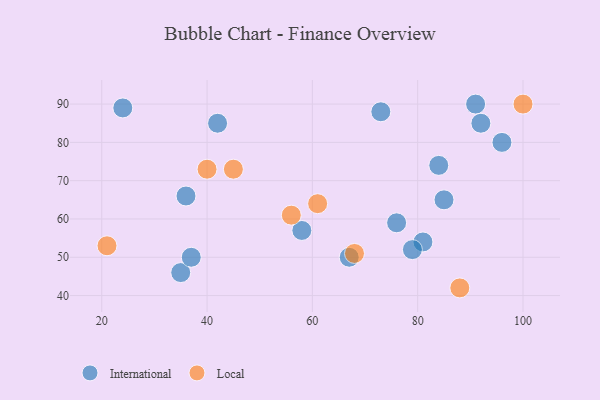
{"axis": {"x": "GDP", "y": "Life Expectancy"}, "legend": ["International", "Local"], "data": [{"x": "35", "y": 46, "type": "International"}, {"x": "73", "y": 88, "type": "International"}, {"x": "81", "y": 54, "type": "International"}, {"x": "36", "y": 66, "type": "International"}, {"x": "79", "y": 52, "type": "International"}, {"x": "42", "y": 85, "type": "International"}, {"x": "24", "y": 89, "type": "International"}, {"x": "85", "y": 65, "type": "International"}, {"x": "84", "y": 74, "type": "International"}, {"x": "96", "y": 80, "type": "International"}, {"x": "92", "y": 85, "type": "International"}, {"x": "58", "y": 57, "type": "International"}, {"x": "37", "y": 50, "type": "International"}, {"x": "76", "y": 59, "type": "International"}, {"x": "91", "y": 90, "type": "International"}, {"x": "67", "y": 50, "type": "International"}, {"x": "56", "y": 61, "type": "Local"}, {"x": "40", "y": 73, "type": "Local"}, {"x": "68", "y": 51, "type": "Local"}, {"x": "45", "y": 73, "type": "Local"}, {"x": "88", "y": 42, "type": "Local"}, {"x": "21", "y": 53, "type": "Local"}, {"x": "100", "y": 90, "type": "Local"}, {"x": "61", "y": 64, "type": "Local"}]}